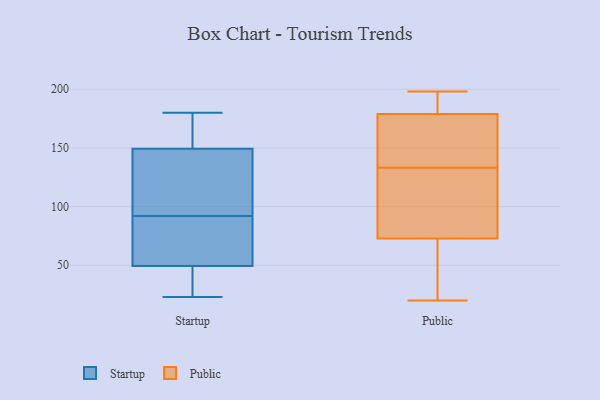
{"axis": {"x": "Revenue (USD Million)", "y": "Value"}, "legend": ["Public", "Startup"], "data": [{"x": "", "y": 51, "type": "Startup"}, {"x": "", "y": 26, "type": "Startup"}, {"x": "", "y": 162, "type": "Startup"}, {"x": "", "y": 108, "type": "Startup"}, {"x": "", "y": 87, "type": "Startup"}, {"x": "", "y": 180, "type": "Startup"}, {"x": "", "y": 131, "type": "Startup"}, {"x": "", "y": 145, "type": "Startup"}, {"x": "", "y": 165, "type": "Startup"}, {"x": "", "y": 177, "type": "Startup"}, {"x": "", "y": 56, "type": "Startup"}, {"x": "", "y": 92, "type": "Startup"}, {"x": "", "y": 44, "type": "Startup"}, {"x": "", "y": 23, "type": "Startup"}, {"x": "", "y": 105, "type": "Startup"}, {"x": "", "y": 60, "type": "Startup"}, {"x": "", "y": 27, "type": "Startup"}, {"x": "", "y": 97, "type": "Public"}, {"x": "", "y": 198, "type": "Public"}, {"x": "", "y": 191, "type": "Public"}, {"x": "", "y": 152, "type": "Public"}, {"x": "", "y": 159, "type": "Public"}, {"x": "", "y": 48, "type": "Public"}, {"x": "", "y": 133, "type": "Public"}, {"x": "", "y": 81, "type": "Public"}, {"x": "", "y": 182, "type": "Public"}, {"x": "", "y": 87, "type": "Public"}, {"x": "", "y": 20, "type": "Public"}, {"x": "", "y": 22, "type": "Public"}, {"x": "", "y": 178, "type": "Public"}]}